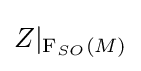
Z\vert _{\mathrm {F} _{SO}(M)}